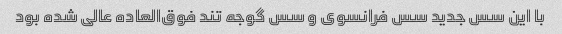
با این سس جدید سس فرانسوی و سس گوجه تند فوق‌العاده عالی شده بود